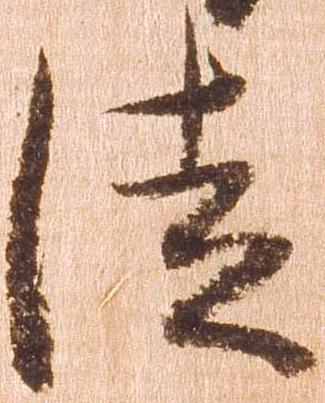
徒